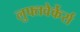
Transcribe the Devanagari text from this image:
लुफ्तवेर्केर्स